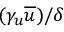
( \gamma _ { u } \overline { { u } } ) / \delta